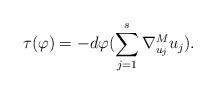
LaTeX: \begin{align*}\tau(\varphi)=-d\varphi(\sum\limits_{j=1}^s\nabla^M_{u_j}u_j).\end{align*}